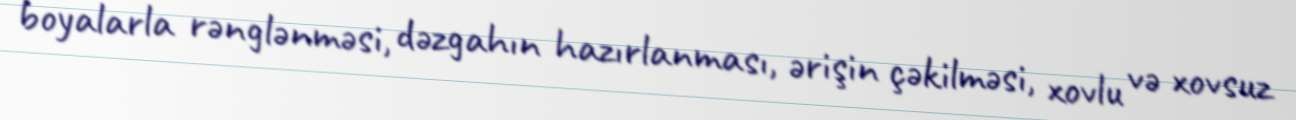
boyalarla rənglənməsi, dəzgahın hazırlanması, ərişin çəkilməsi, xovlu və xovsuz